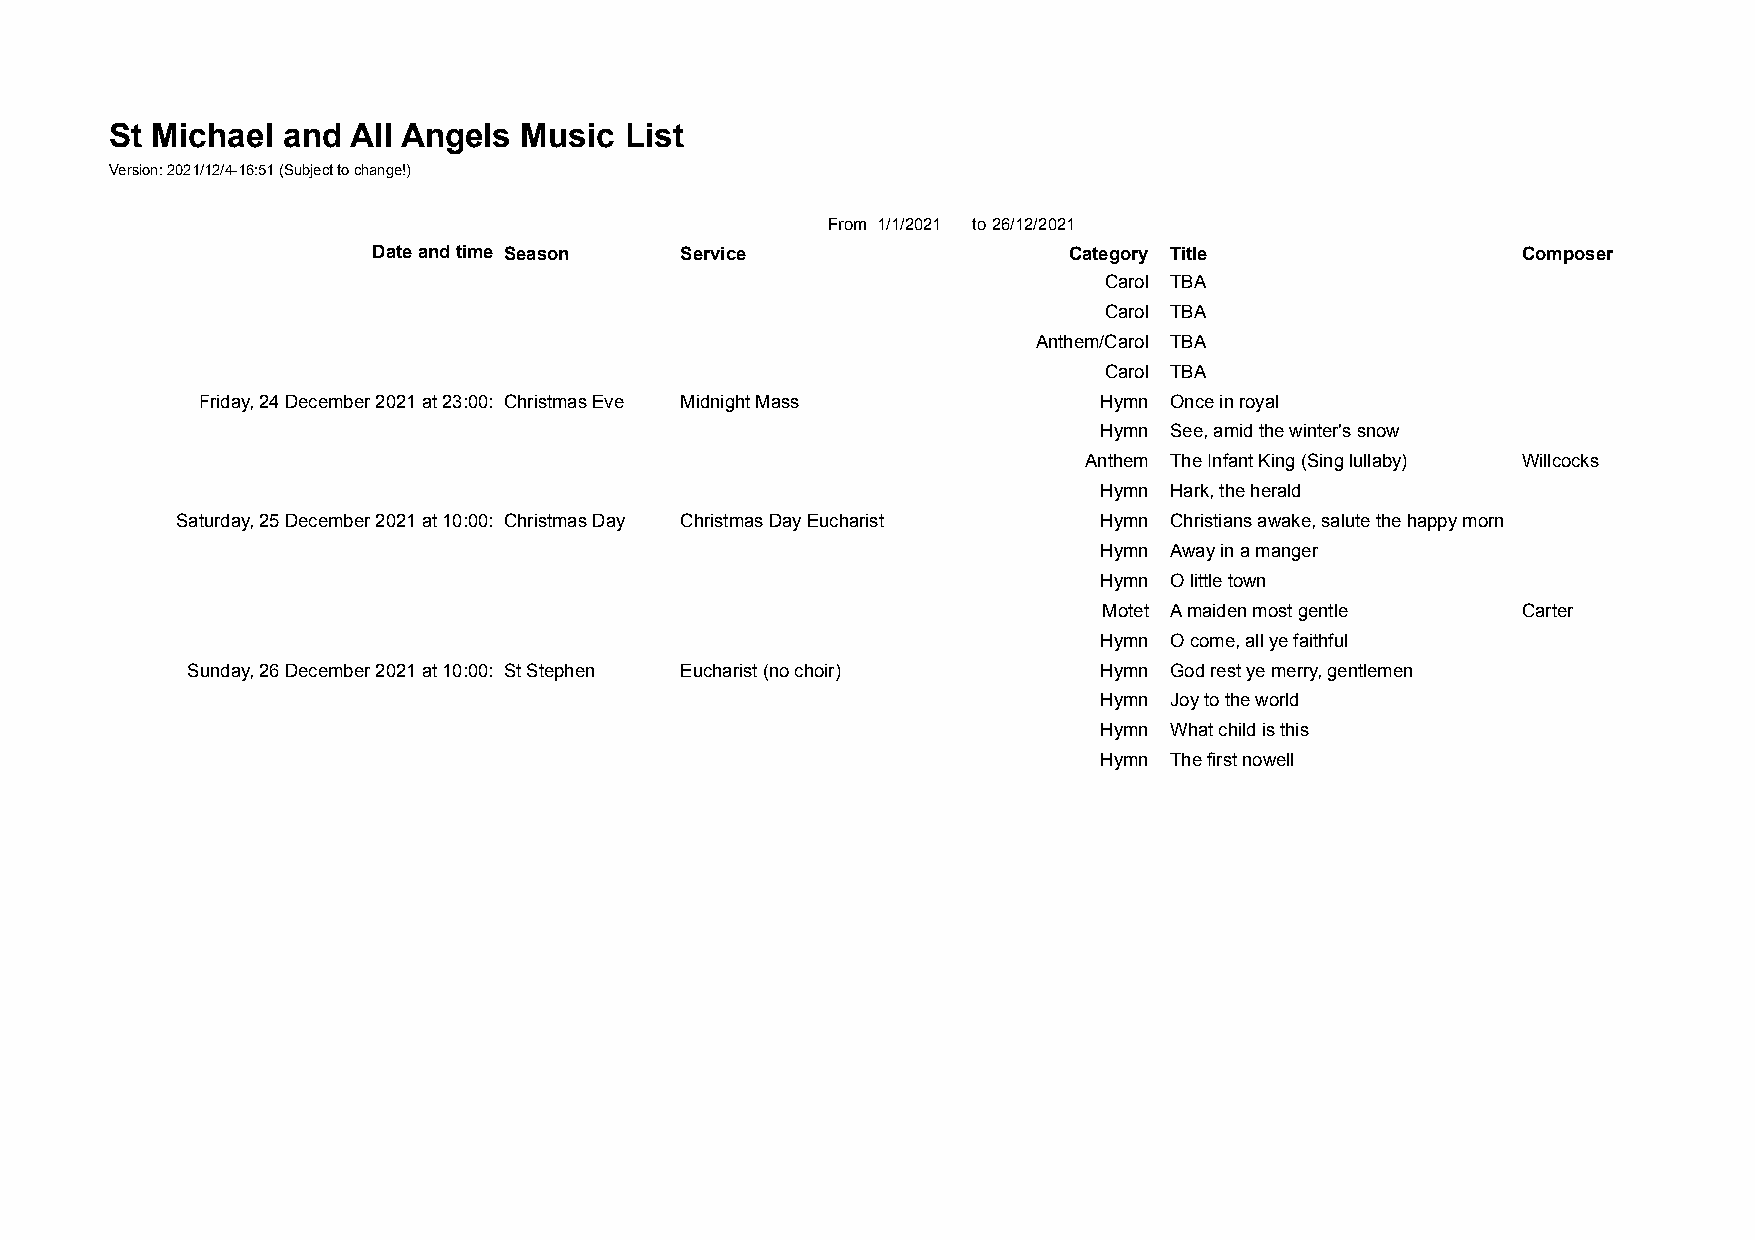
St Michael  and All Angels Music  List             4/12/2021
 Version: 2021/12/4-16:51 (Subject to change!)
 From 1/1/2021 to26/12/2021
 Date and time Season Service                  Category Title                Composer
 Friday, 24 December 2021 at 17:00: Christmas Eve Crib Service Carol TBA
 Friday, 24 December 2021 at 17:00: Christmas Eve Crib Service Carol TBA
 Friday, 24 December 2021 at 17:00: Christmas Eve Crib Service Anthem/Carol TBA
 Friday, 24 December 2021 at 17:00: Christmas Eve Crib Service Carol TBA
 Friday, 24 December 2021 at 23:00: Christmas Eve Midnight Mass Hymn Once in royal
 Friday, 24 December 2021 at 23:00: Christmas Eve Midnight Mass Hymn See, amid the winter's snow
 Friday, 24 December 2021 at 23:00: Christmas Eve Midnight Mass Anthem The Infant King (Sing lullaby) Willcocks
 Friday, 24 December 2021 at 23:00: Christmas Eve Midnight Mass Hymn Hark, the herald
 Saturday, 25 December 2021 at 10:00: Christmas Day Christmas Day Eucharist Hymn Christians awake, salute the happy morn
 Saturday, 25 December 2021 at 10:00: Christmas Day Christmas Day Eucharist Hymn Away in a manger
 Saturday, 25 December 2021 at 10:00: Christmas Day Christmas Day Eucharist Hymn O little town
 Saturday, 25 December 2021 at 10:00: Christmas Day Christmas Day Eucharist Motet A maiden most gentle Carter
 Saturday, 25 December 2021 at 10:00: Christmas Day Christmas Day Eucharist Hymn O come, all ye faithful
 Sunday, 26 December 2021 at 10:00: St Stephen Eucharist (no choir) Hymn God rest ye merry, gentlemen
 Sunday, 26 December 2021 at 10:00: St Stephen Eucharist (no choir) Hymn Joy to the world
 Sunday, 26 December 2021 at 10:00: St Stephen Eucharist (no choir) Hymn What child is this
 Sunday, 26 December 2021 at 10:00: St Stephen Eucharist (no choir) Hymn The first nowell